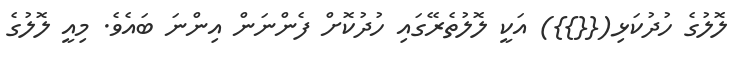
ލޮލުގެ ހުދުކަޅި({{}}) އަކީ ލޮލުތެރޭގައި ހުދުކޮށް ފެންނަން އިންނަ ބައެވެ. މިއީ ލޮލުގެ